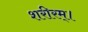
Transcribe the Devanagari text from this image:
शरीरम्।